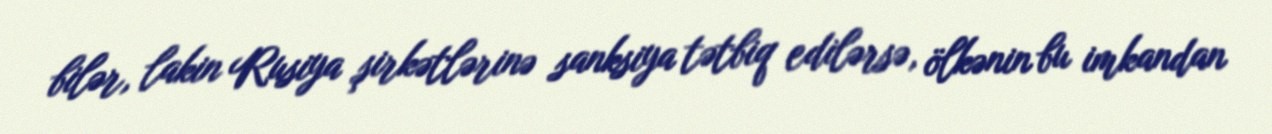
bilər, lakin Rusiya şirkətlərinə sanksiya tətbiq edilərsə, ölkənin bu imkandan